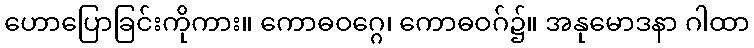
ဟောပြောခြင်းကိုကား။ ကောဓဝဂ္ဂေ၊ ကောဓဝဂ်၌။ အနုမောဒနာ ဂါထာ